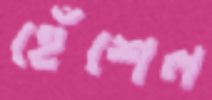
হেঁশেল